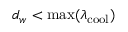
d _ { w } < \operatorname* { m a x } ( \lambda _ { \mathrm { c o o l } } )